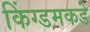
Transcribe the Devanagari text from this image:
किंग्डमकडे